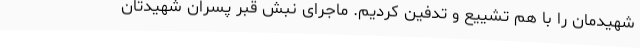
شهیدمان را با هم تشییع و تدفین کردیم. ماجرای نبش قبر پسران شهیدتان